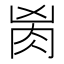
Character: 𰮎